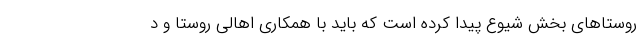
روستاهای بخش شیوع پیدا کرده است که باید با همکاری اهالی روستا و د